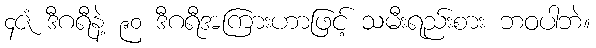
၄ဇံ ဒီဂရီနဲ့ ၉၀ ဒီဂရီအကြားဟာဖြင့် သမီးရည်းစား ဘဝပါဘဲ။